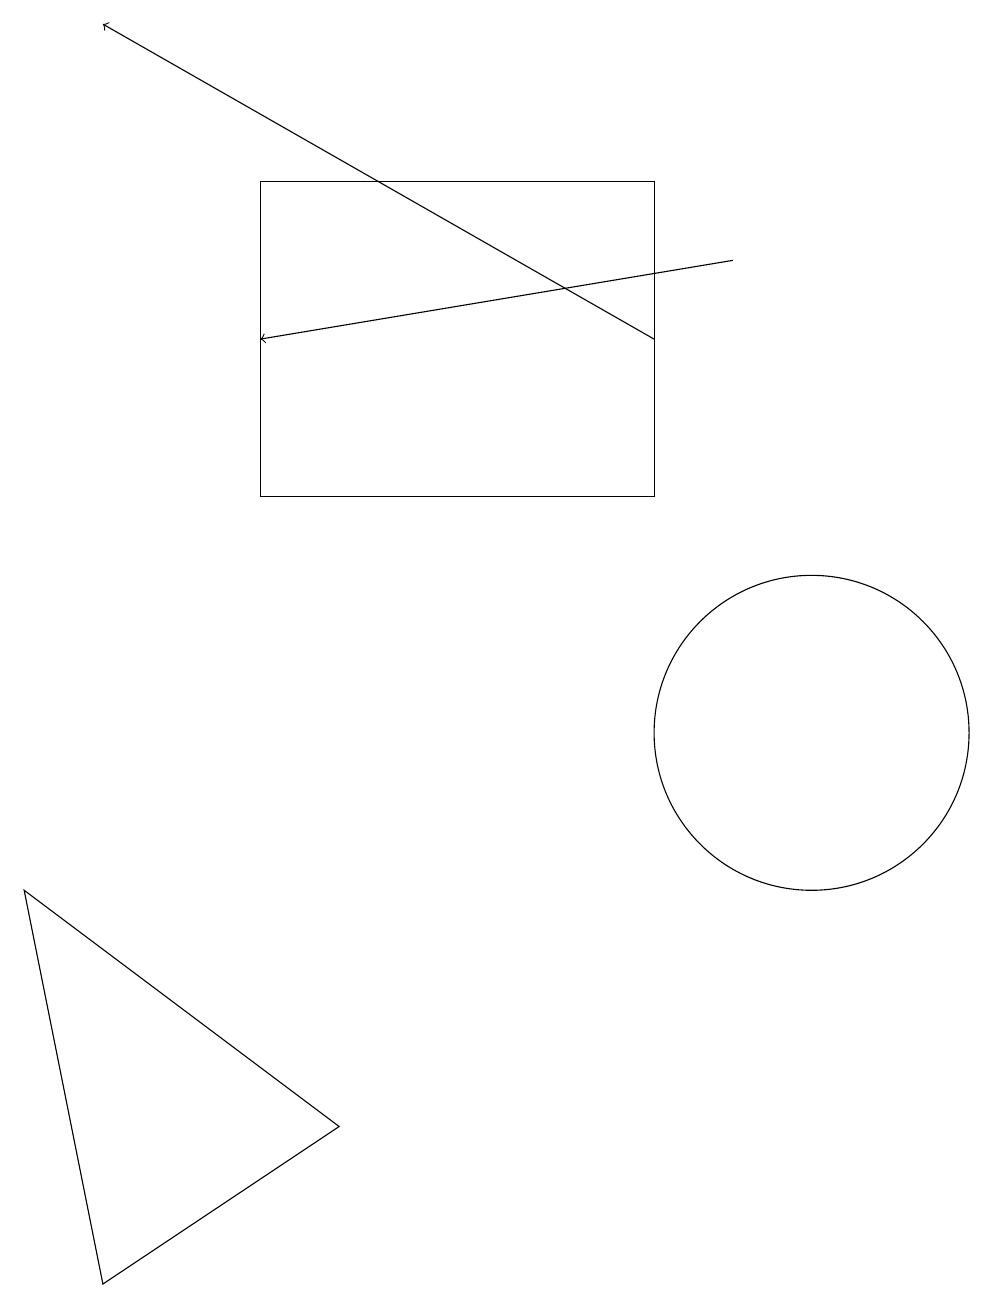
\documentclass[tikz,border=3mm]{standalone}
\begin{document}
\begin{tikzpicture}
\draw (8,17) rectangle (3,13);
\draw (0,8) -- (4,5) -- (1,3) -- cycle;
\draw (10,10) circle (2);
\draw[->] (8,15) -- (1,19);
\draw[->] (9,16) -- (3,15);
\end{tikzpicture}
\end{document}